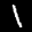
Label: 1